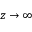
z \rightarrow \infty